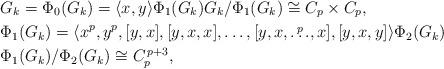
LaTeX: \begin{align*} & G_k=\Phi_0(G_k)=\langle x,y\rangle \Phi_1(G_k) G_k/\Phi_1(G_k) \cong C_p \times C_p, \\ & \Phi_1(G_k) = \langle x^p,y^p, [y,x], [y,x,x],\ldots, [y,x,\overset{p}{\ldots},x], [y,x,y] \rangle\Phi_2(G_k) \\ & \Phi_1(G_k)/\Phi_2(G_k) \cong C_p^{\, p+3}, \end{align*}